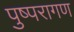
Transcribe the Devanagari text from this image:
पुष्परागण